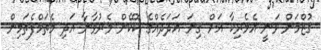
ގުޒްމަން ވަނީ އެމެރިކާ އަށް ގިނަ އަދަަދެއްގެ ކޮކޭން މެރުވާނާ އަދި މެތަމްފެތަމިން